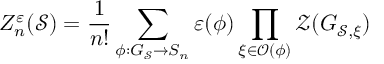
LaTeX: Z _ { n } ^ { \varepsilon } ( \mathcal { S } ) = \frac { 1 } { n ! } \sum _ { \phi : G _ { \mathcal { S } } \rightarrow S _ { n } } \varepsilon ( \phi ) \prod _ { \xi \in \mathcal { O } ( \phi ) } \mathcal { Z } ( G _ { \mathcal { S } , \xi } )